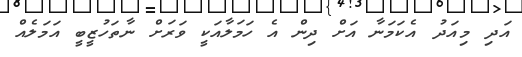
އަދި މިއަދު އެކަމަނާ އަށް ދިން އެ ހަމަލާއަކީ ވަރަށް ނާތަހުޒީބީ އަމަލެއް